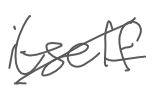
Text: itself
Cross-out: diagonal
Writing tool: digital_gray